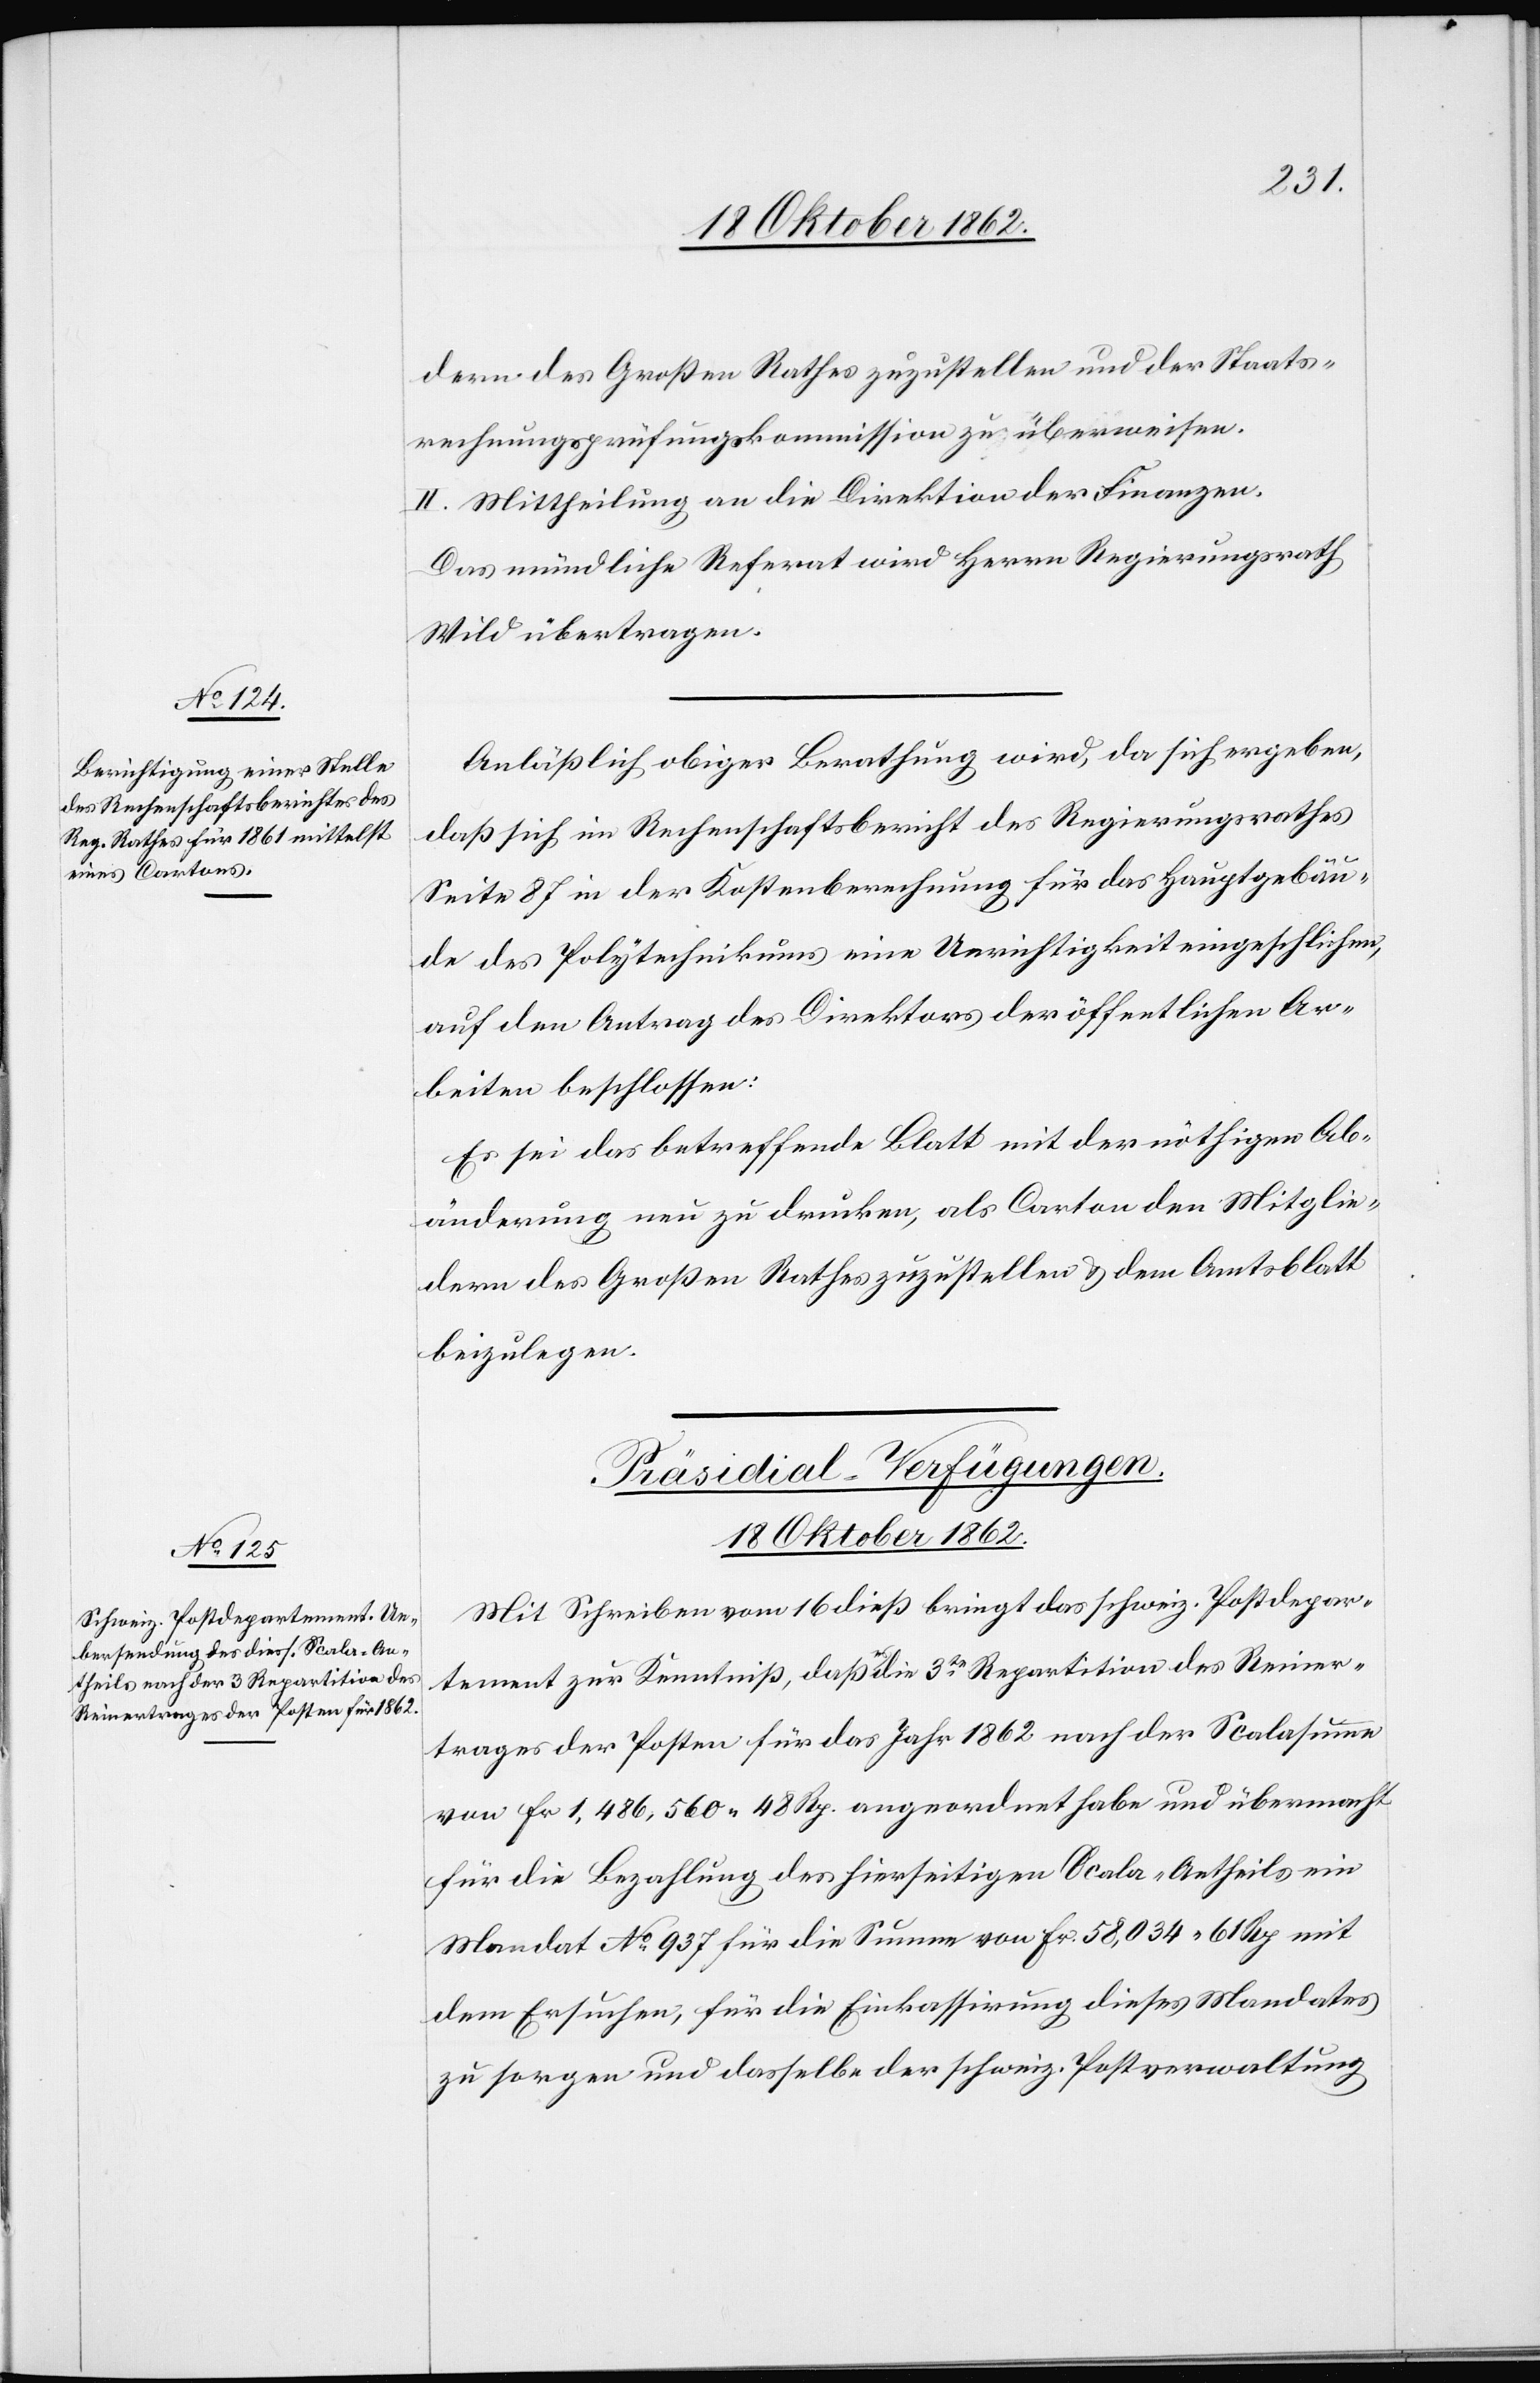
dern des Großen Rathes zuzustellen und der Staats¬
rechnungsprüfungskommission zu überweisen.
II. Mittheilung an die Direktion der Finanzen.
Das mündliche Referat wird Herrn Regierungsrath
Wild übertragen.
Anläßlich obiger Berathung wird, da sich ergeben,
daß sich im Rechenschaftsbericht des Regierungsrathes
Seite 87 in der Kostenberechnung für das Hauptgebäu¬
de des Polytechnikums eine Unrichtigkeit eingeschlichen,
auf den Antrag des Direktors der öffentlichen Ar¬
beiten beschlossen:
Es sei das betreffende Blatt mit der nöthigen Ab¬
änderung neu zu drucken, als Carton den Mitglie¬
dern des Großen Rathes zuzustellen u. dem Amtsblatt
beizulegen.
Präsidial-Verfügungen.
18. Oktober 1862.
Mit Schreiben vom 16. dieß bringt das schweiz. Postdepar¬
tement zur Kenntniß, daß es die 3te Repartition des Reiner¬
trages der Posten für das Jahr 1862 nach der Scalasumme
von fr. 1,486,560 48 Rp. angeordnet habe und übermacht
für die Bezahlung des hierseitigen Scala-Antheils ein
Mandat No 937 für die Summe von fr. 58,034 61 Rp. mit
dem Ersuchen, für die Einkassirung dieses Mandates
zu sorgen und dasselbe der schweiz. Postverwaltung